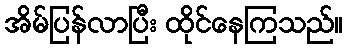
အိမ်ပြန်လာပြီး ထိုင်နေကြသည်။